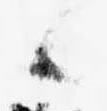
候